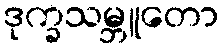
ဒုက္ခသမ္ဘူတော